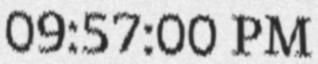
09:57:00 PM